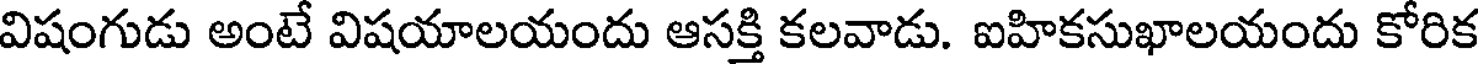
విషంగుడు అంటే విషయాలయందు ఆసక్తి కలవాడు. ఐహికసుఖాలయందు కోరిక